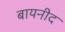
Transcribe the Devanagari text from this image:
बायनीद